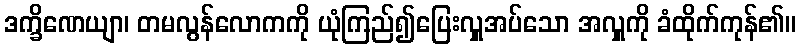
ဒက္ခိဏေယျာ၊ တမလွန်လောကကို ယုံကြည်၍ပြေးလှူအပ်သော အလှူကို ခံထိုက်ကုန်၏။